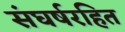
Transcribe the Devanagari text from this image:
संघर्षरहित